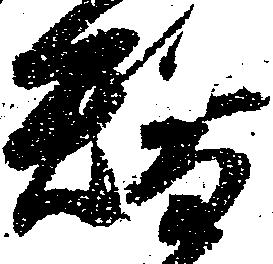
替